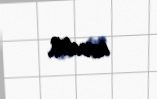
istədik.